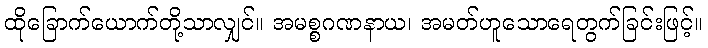
ထိုခြောက်ယောက်တို့သာလျှင်။ အမစ္စဂဏနာယ၊ အမတ်ဟူသောရေတွက်ခြင်းဖြင့်။